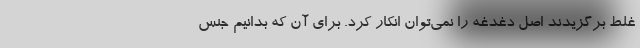
غلط برگزیدند اصل دغدغه را نمی‌توان انکار کرد. برای آن که بدانیم جنس